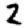
Digit: 2